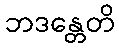
ဘဒန္တေတိ